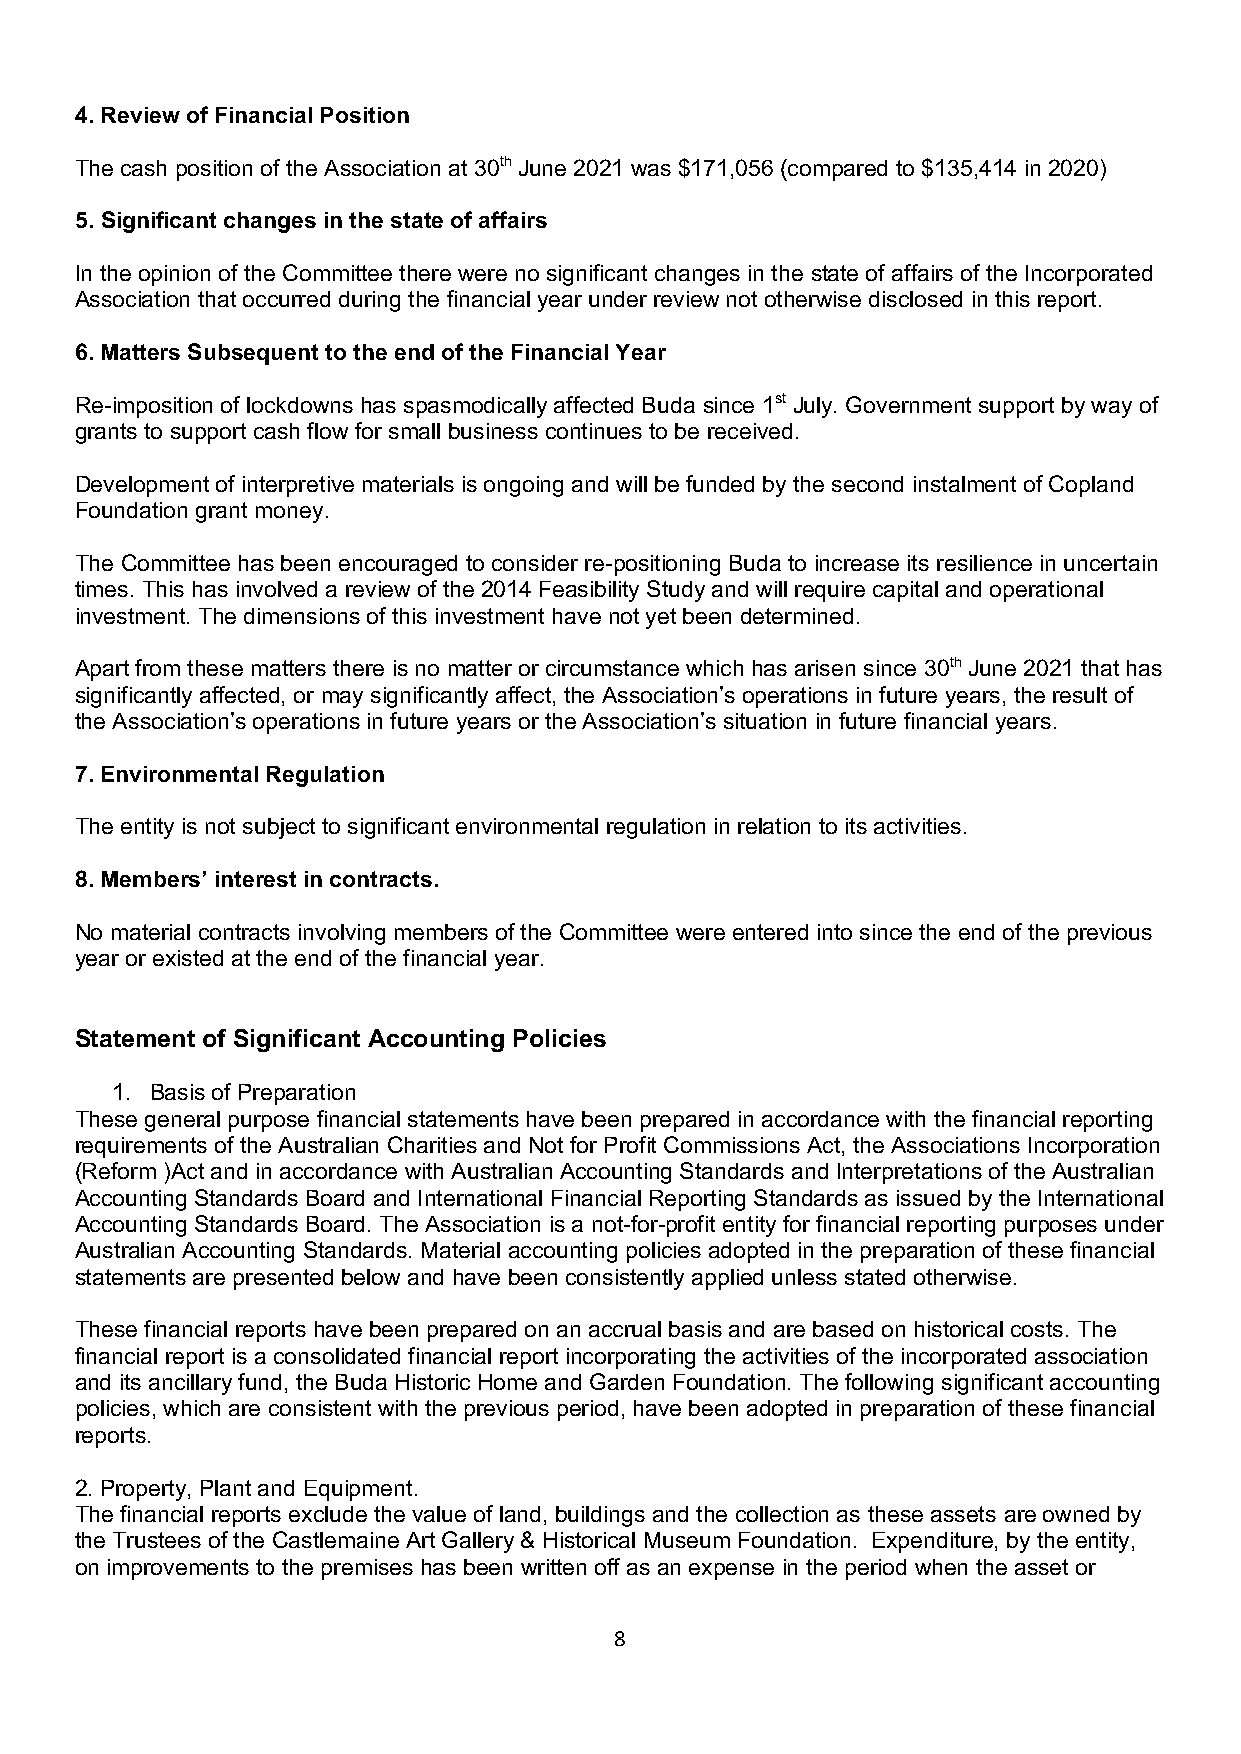
4. Review of Financial Position
 The cash position of the Association at 30th June 2021 was $171,056 (compared to $135,414 in 2020)
 5. Significant changes in the state of affairs
 In the opinion of the Committee there were no significant changes in the state of affairs of the Incorporated
 Association that occurred during the financial year under review not otherwise disclosed in this report.
 6. Matters Subsequent to the end of the Financial Year
 Re-imposition of lockdowns has spasmodically affected Buda since 1st July. Government support by way of
 grants to support cash flow for small business continues to be received.
 Development of interpretive materials is ongoing and will be funded by the second instalment of Copland
 Foundation grant money.
 The Committee has been encouraged to consider re-positioning Buda to increase its resilience in uncertain
 times. This has involved a review of the 2014 Feasibility Study and will require capital and operational
 investment. The dimensions of this investment have not yet been determined.
 Apart from these matters there is no matter or circumstance which has arisen since 30th June 2021 that has
 significantly affected, or may significantly affect, the Association’s operations in future years, the result of
 the Association’s operations in future years or the Association’s situation in future financial years.
 7. Environmental Regulation
 The entity is not subject to significant environmental regulation in relation to its activities.
 8. Members’ interest in contracts.
 No material contracts involving members of the Committee were entered into since the end of the previous
 year or existed at the end of the financial year.
 Statement of Significant Accounting Policies
 1. Basis of Preparation
 These general purpose financial statements have been prepared in accordance with the financial reporting
 requirements of the Australian Charities and Not for Profit Commissions Act, the Associations Incorporation
 (Reform )Act and in accordance with Australian Accounting Standards and Interpretations of the Australian
 Accounting Standards Board and International Financial Reporting Standards as issued by the International
 Accounting Standards Board. The Association is a not-for-profit entity for financial reporting purposes under
 Australian Accounting Standards. Material accounting policies adopted in the preparation of these financial
 statements are presented below and have been consistently applied unless stated otherwise.
 These financial reports have been prepared on an accrual basis and are based on historical costs. The
 financial report is a consolidated financial report incorporating the activities of the incorporated association
 and its ancillary fund, the Buda Historic Home and Garden Foundation. The following significant accounting
 policies, which are consistent with the previous period, have been adopted in preparation of these financial
 reports.
 2. Property, Plant and Equipment.
 The financial reports exclude the value of land, buildings and the collection as these assets are owned by
 the Trustees of the Castlemaine Art Gallery & Historical Museum Foundation. Expenditure, by the entity,
 on improvements to the premises has been written off as an expense in the period when the asset or
 8